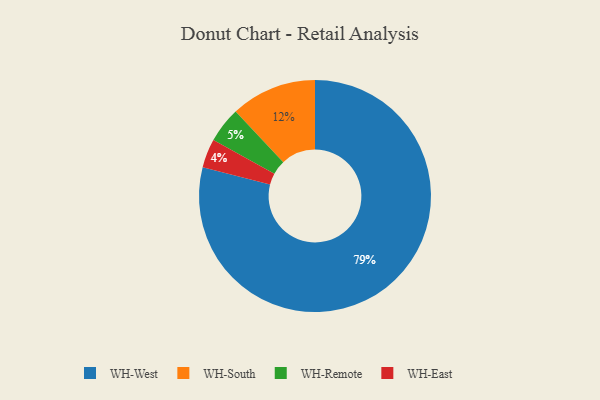
{"axis": {"x": "Category", "y": "Percentage"}, "legend": ["WH-East", "WH-Remote", "WH-South", "WH-West"], "data": [{"x": "WH-South", "y": 12, "type": "WH-South"}, {"x": "WH-West", "y": 79, "type": "WH-West"}, {"x": "WH-Remote", "y": 5, "type": "WH-Remote"}, {"x": "WH-East", "y": 4, "type": "WH-East"}]}